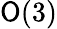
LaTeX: \mathsf{O}(3)